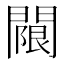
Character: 𨵬